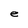
Character: e